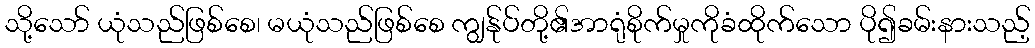
သို့သော် ယုံသည်ဖြစ်စေ၊ မယုံသည်ဖြစ်စေ ကျွန်ုပ်တို့၏အာရုံစိုက်မှုကိုခံထိုက်သော ပို၍ခမ်းနားသည့်